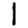
Digit: 1